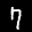
Label: 7